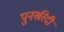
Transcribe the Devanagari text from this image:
पुनर्खरेदी